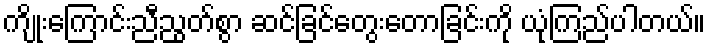
ကျိုးကြောင်းညီညွတ်စွာ ဆင်ခြင်တွေးတောခြင်းကို ယုံကြည်ပါတယ်။